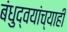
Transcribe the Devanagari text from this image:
बंधुद्वयांच्याही